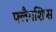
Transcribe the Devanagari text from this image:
फ्लैगशिप्‍स